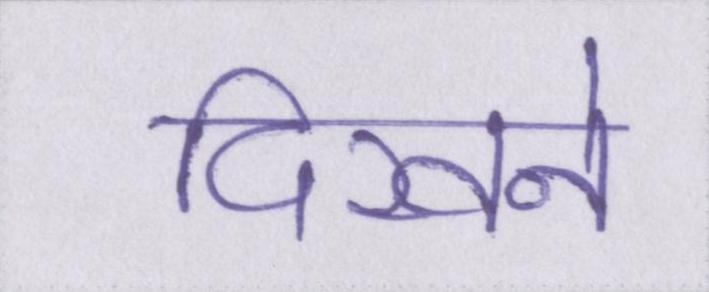
दिखने